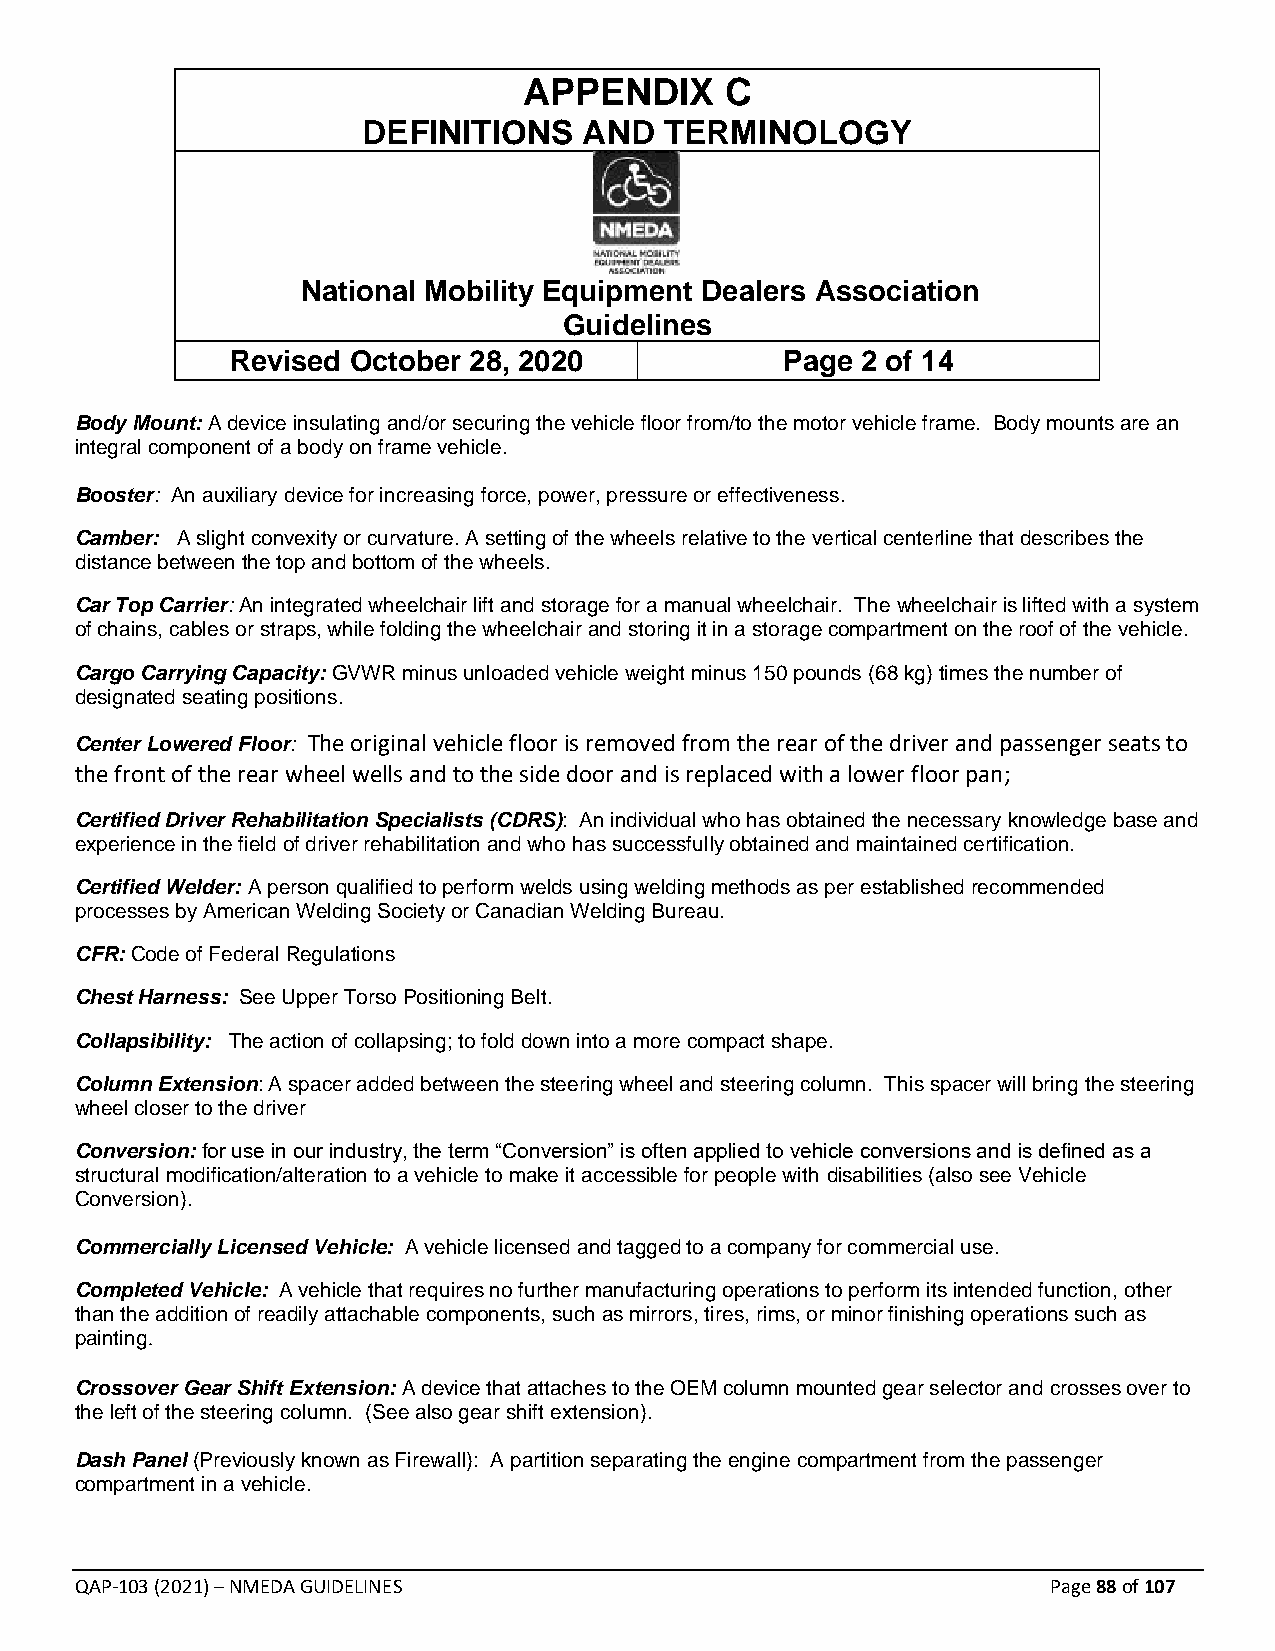
APPENDIX     C
 DEFINITIONS    AND  TERMINOLOGY
 National Mobility Equipment Dealers Association
 Guidelines
 Revised October 28, 2020             Page 2 of 14
 Body Mount: A device insulating and/or securing the vehicle floor from/to the motor vehicle frame. Body mounts are an
 integral component of a body on frame vehicle.
 Booster: An auxiliary device for increasing force, power, pressure or effectiveness.
 Camber: A slight convexity or curvature. A setting of the wheels relative to the vertical centerline that describes the
 distance between the top and bottom of the wheels.
 Car Top Carrier: An integrated wheelchair lift and storage for a manual wheelchair. The wheelchair is lifted with a system
 of chains, cables or straps, while folding the wheelchair and storing it in a storage compartment on the roof of the vehicle.
 Cargo Carrying Capacity: GVWR minus unloaded vehicle weight minus 150 pounds (68 kg) times the number of
 designated seating positions.
 Center Lowered Floor: The original vehicle floor is removed from the rear of the driver and passenger seats to
 the front of the rear wheel wells and to the side door and is replaced with a lower floor pan;
 Certified Driver Rehabilitation Specialists (CDRS): An individual who has obtained the necessary knowledge base and
 experience in the field of driver rehabilitation and who has successfully obtained and maintained certification.
 Certified Welder: A person qualified to perform welds using welding methods as per established recommended
 processes by American Welding Society or Canadian Welding Bureau.
 CFR: Code of Federal Regulations
 Chest Harness: See Upper Torso Positioning Belt.
 Collapsibility: The action of collapsing; to fold down into a more compact shape.
 Column Extension: A spacer added between the steering wheel and steering column. This spacer will bring the steering
 wheel closer to the driver
 Conversion: for use in our industry, the term “Conversion” is often applied to vehicle conversions and is defined as a
 structural modification/alteration to a vehicle to make it accessible for people with disabilities (also see Vehicle
 Conversion).
 Commercially Licensed Vehicle: A vehicle licensed and tagged to a company for commercial use.
 Completed Vehicle: A vehicle that requires no further manufacturing operations to perform its intended function, other
 than the addition of readily attachable components, such as mirrors, tires, rims, or minor finishing operations such as
 painting.
 Crossover Gear Shift Extension: A device that attaches to the OEM column mounted gear selector and crosses over to
 the left of the steering column. (See also gear shift extension).
 Dash Panel (Previously known as Firewall): A partition separating the engine compartment from the passenger
 compartment in a vehicle.
 QAP-103 (2021) – NMEDA GUIDELINES                                Page 88 of 107